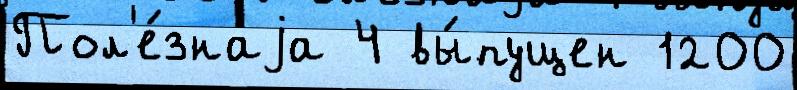
Пол'е́знаjа 4 вы́пущен 1200